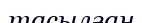
тасылған